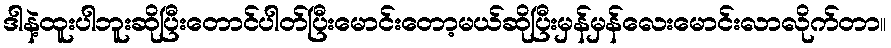
ဒါနဲ့ထူးပါဘူးဆိုပြီးတောင်ပါတ်ပြီးမောင်းတော့မယ်ဆိုပြီးမှန်မှန်လေးမောင်းလာလိုက်တာ။